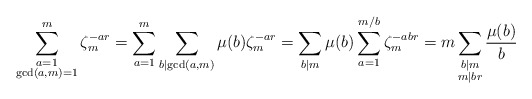
\begin{align*}\sum_{\substack{a = 1\\ \gcd(a,m) = 1}}^{m}\zeta^{-ar}_m = \sum_{a = 1}^{m}\sum_{b \mid \gcd(a,m)}\mu(b)\zeta^{-ar}_m = \sum_{b \mid m}\mu(b)\sum_{a = 1}^{m/b}\zeta^{-abr}_m = m\sum_{\substack{b\mid m\\ m\mid br}}\frac{\mu(b)}{b}\end{align*}